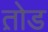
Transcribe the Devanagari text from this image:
त़ोड